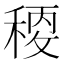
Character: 𥠛